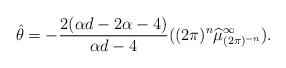
LaTeX: \begin{align*}\hat{\theta}=-\frac{2(\alpha d-2\alpha-4)}{\alpha d-4}((2\pi)^n \widehat{\mu}^{\infty}_{(2\pi)^{-n}}).\end{align*}